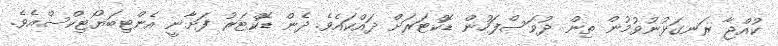
ކުއްޖާ ރަނގަޅުނުވުމުން ތިން ދުވަސްފަހުން ޑޮކްޓަރަށް ދައްކައެވެ. ދެން ޑޮކްޓަރު ފަށާނީ އެންޓިބަޔޯޓިކްސްއެވެ.